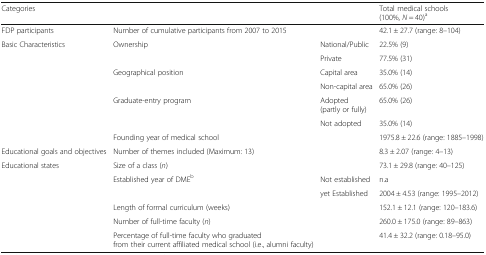
<table><thead><tr><td><b>Categories</b></td><td></td><td></td><td><b>Total medical schools (100%, <i>N</i> = 40)<sup>a</sup></b></td></tr></thead><tbody><tr><td>FDP participants</td><td>Number of cumulative participants from 2007 to 2015</td><td></td><td>42.1 ± 27.7 (range: 8–104)</td></tr><tr><td rowspan="7">Basic Characteristics</td><td rowspan="2">Ownership</td><td>National/Public</td><td>22.5% (9)</td></tr><tr><td>Private</td><td>77.5% (31)</td></tr><tr><td rowspan="2">Geographical position</td><td>Capital area</td><td>35.0% (14)</td></tr><tr><td>Non-capital area</td><td>65.0% (26)</td></tr><tr><td rowspan="2">Graduate-entry program</td><td>Adopted (partly or fully)</td><td>65.0% (26)</td></tr><tr><td>Not adopted</td><td>35.0% (14)</td></tr><tr><td>Founding year of medical school</td><td></td><td>1975.8 ± 22.6 (range: 1885–1998)</td></tr><tr><td>Educational goals and objectives</td><td>Number of themes included (Maximum: 13)</td><td></td><td>8.3 ± 2.07 (range: 4–13)</td></tr><tr><td rowspan="6">Educational states</td><td>Size of a class (<i>n</i>)</td><td></td><td>73.1 ± 29.8 (range: 40–125)</td></tr><tr><td rowspan="2">Established year of DME<sup>b</sup></td><td>Not established</td><td>n.a</td></tr><tr><td>yet Established</td><td>2004 ± 4.53 (range: 1995–2012)</td></tr><tr><td>Length of formal curriculum (weeks)</td><td></td><td>152.1 ± 12.1 (range: 120–183.6)</td></tr><tr><td>Number of full-time faculty (<i>n</i>)</td><td></td><td>260.0 ± 175.0 (range: 89–863)</td></tr><tr><td>Percentage of full-time faculty who graduated from their current affiliated medical school (i.e., alumni faculty)</td><td></td><td>41.4 ± 32.2 (range: 0.18–95.0)</td></tr></tbody></table>